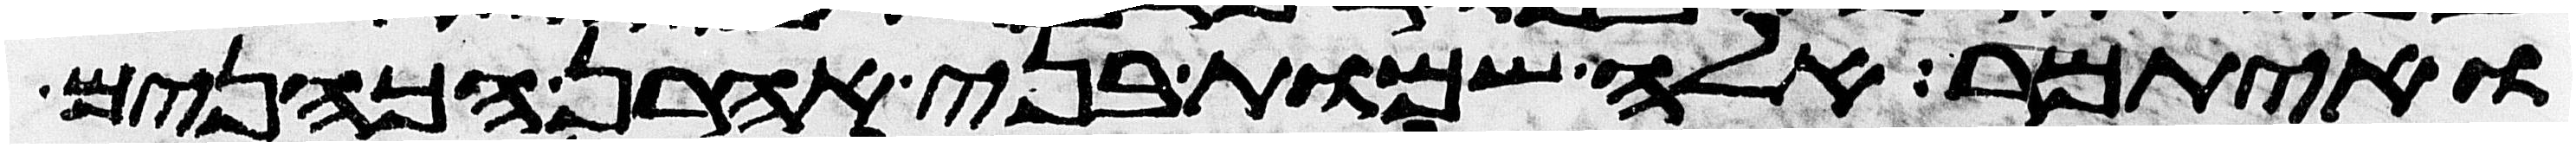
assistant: ואיתמר אלה שמות בני אהרן הכהנים